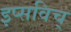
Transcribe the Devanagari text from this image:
इप्सविच्‌